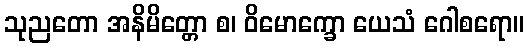
သုညတော အနိမိတ္တော စ၊ ဝိမောက္ခော ယေသံ ဂေါစရော။